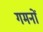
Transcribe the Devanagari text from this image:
गमनों